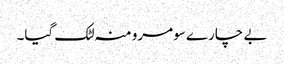
بے چارے سومرو منہ لٹک گیا۔